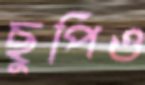
ছুপিও